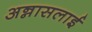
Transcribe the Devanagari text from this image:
अन्नासलाई